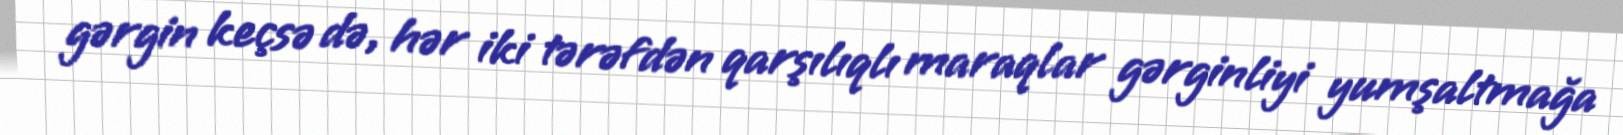
gərgin keçsə də, hər iki tərəfdən qarşılıqlı maraqlar gərginliyi yumşaltmağa